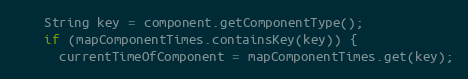
Language: Java
    String key = component.getComponentType();
    if (mapComponentTimes.containsKey(key)) {
      currentTimeOfComponent = mapComponentTimes.get(key);